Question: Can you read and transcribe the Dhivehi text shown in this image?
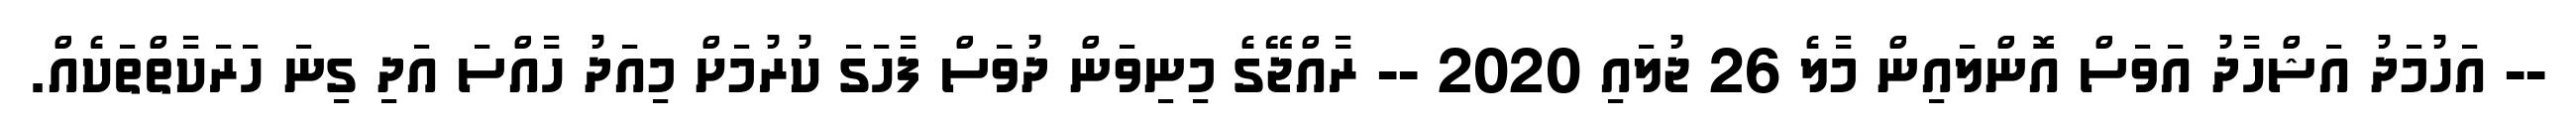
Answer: -- އަހުމަދު އަޝްހާދު އަވަސް އޮންލައިން މާލެ 26 ޖުލައި 2020 -- ރާއްޖޭގެ މިނިވަން ދުވަަސް ފާހަގަ ކުރުމަށް މިއަދު ހާއްސަ އަދި ގިނަ ހަރަކާތްތަކެއް.